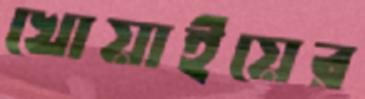
খোয়াইয়ের